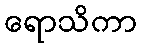
ရောသိကာ